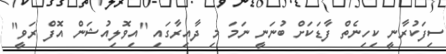
ސިފަކުރާނީ ކިހިނެތް ފާޑަކަށް ބުނަނީ ނަމަ މި ދާއިރާގައި "އިވޮލިއުޝަން އޮފް ރަވީ"